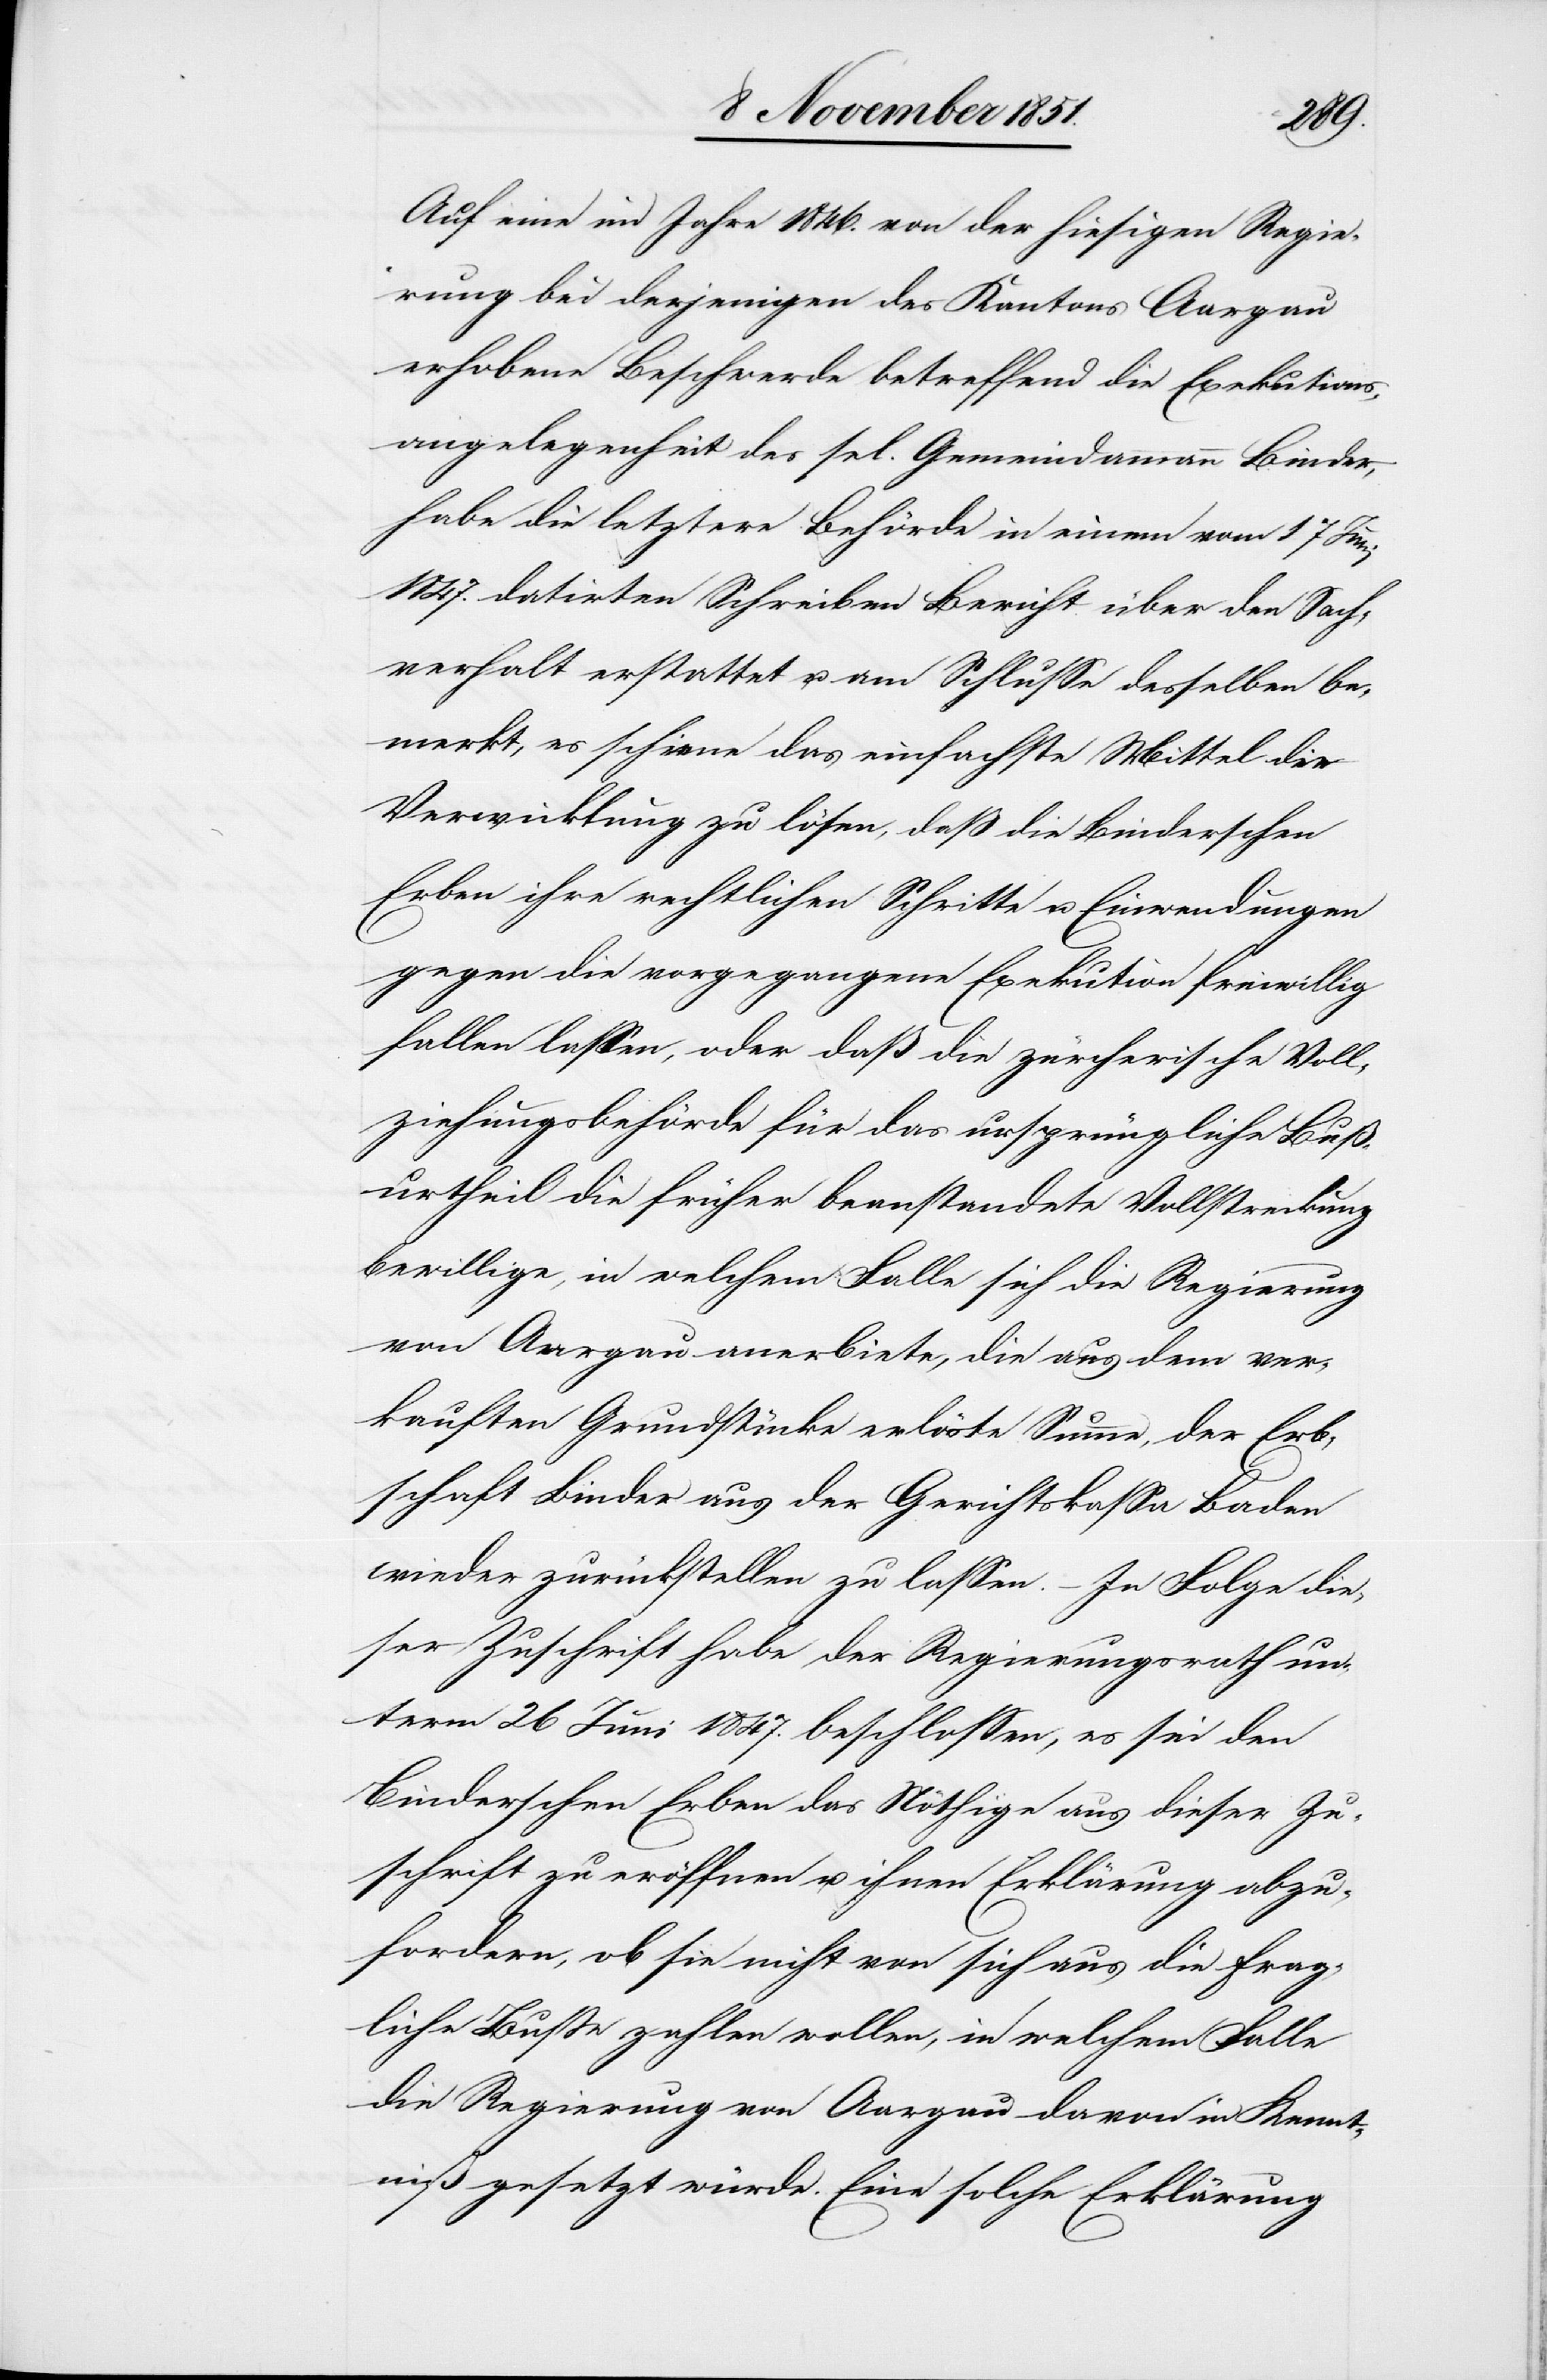
Auf eine im Jahre 1846. von der hiesigen Regie¬
rung bei derjenigen des Kantons Aargau
erhobene Beschwerde betreffend die Exekutions¬
angelegenheit des sel. Gemeindammann Binder,
habe die letztere Behörde in einem vom 17 Juni
1847. datirten Schreiben Bericht über den Sach¬
verhalt erstattet u. am Schlusse desselben be¬
merkt, es schiene das einfachste Mittel die
Verwicklung zu lösen, daß die Binderschen
Erben ihre rechtlichen Schritte u. Einwendungen
gegen die vorgegangene Exekution freiwillig
fallen lassen, oder daß die zürcherische Voll¬
ziehungsbehörde für das ursprüngliche Buß¬
urtheil die früher beanstandete Vollstreckung
bewillige, in welchem Falle sich die Regierung
von Aargau anerbiete, die aus dem ver¬
kauften Grundstücke erlöste Summe, der Erb¬
schaft Binder aus der Gerichtskassa Baden
wieder zurückstellen zu lassen. – In Folge die¬
ser Zuschrift habe der Regierungsrath un¬
term 26 Juni 1847. beschlossen, es sei den
Binderschen Erben das Nöthige aus dieser Zu¬
schrift zu eröffnen u. ihnen Erklärung abzu¬
fordern, ob sie nicht von sich aus die frag¬
liche Buße zahlen wollen, in welchem Falle
die Regierung von Aargau davon in Kennt¬
niß gesetzt würde. Eine solche Erklärung